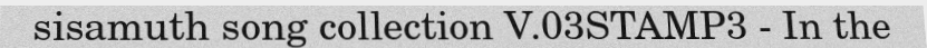
sisamuth song collection V.03STAMP3 - In the